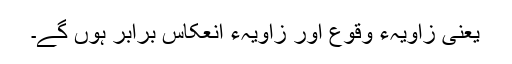
یعنی زاویہءِ وقوع اور زاویہءِ انعکاس برابر ہوں گے۔